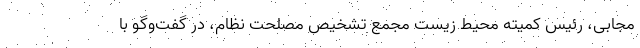
مجابی، رئیس کمیته محیط زیست مجمع تشخیص مصلحت نظام، در گفت‌وگو با